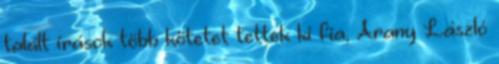
talált írások több kötetet tettek ki fia, Arany László